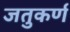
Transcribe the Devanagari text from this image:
जतुकर्ण